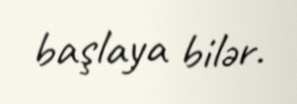
başlaya bilər.